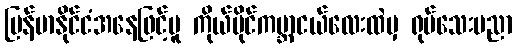
မြန်မာနိုင်ငံအနေဖြင့်မူ ကိုယ်ပိုင်ကမ္ဘာငယ်လေးထဲမှ ရုပ်သေးပညာ